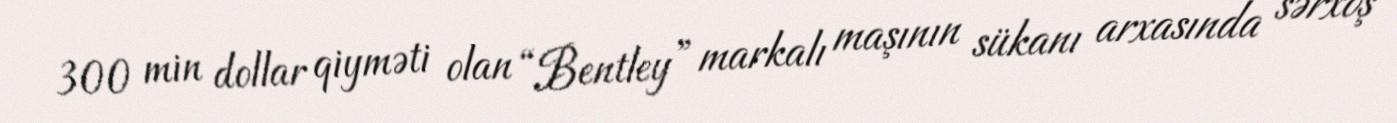
300 min dollar qiyməti olan “Bentley” markalı maşının sükanı arxasında sərxoş